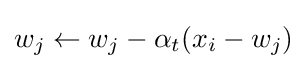
w_{j}\leftarrow w_{j}-\alpha _{t}(x_{i}-w_{j})